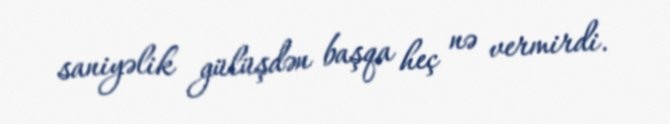
saniyəlik gülüşdən başqa heç nə vermirdi.